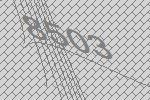
8503